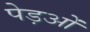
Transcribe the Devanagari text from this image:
पेड़ओं